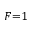
F { = } 1